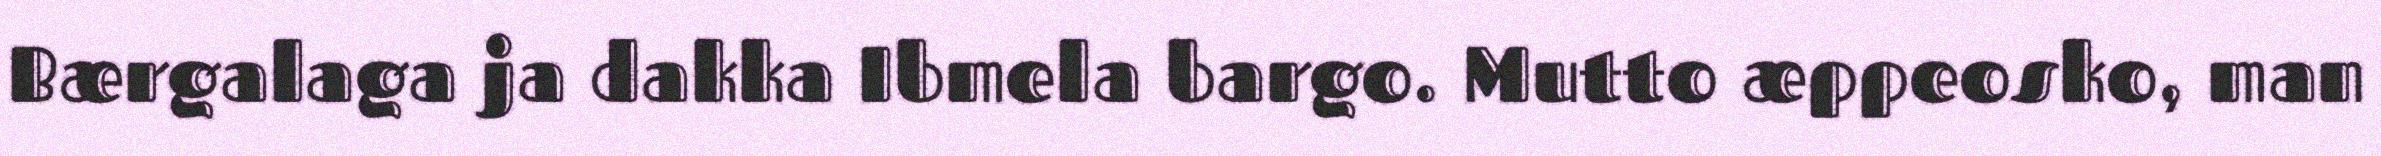
Bærgalaga ja dakka Ibmela bargo. Mutto æppeosko, man